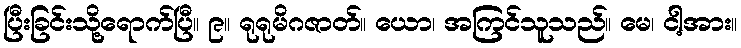
ပြီးခြင်းသို့ရောက်ပြီ။ ၉။ ရုရုမိဂဇာတ်။ ယော၊ အကြင်သူသည်။ မေ၊ ငါ့အား။